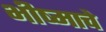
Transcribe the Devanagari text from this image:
भीष्माचे